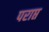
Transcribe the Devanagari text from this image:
पराप्त